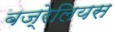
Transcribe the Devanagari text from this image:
बज्रेलियस